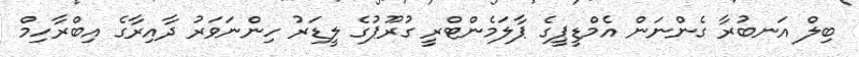
ބިލް އަނބުރާ ގެންނަން އެމްޑީޕީގެ ޕާލަމެންޓްރީ ގުރޫޕުގެ ލީޑަރު ހިންނަވަރު ދާއިރާގެ އިބްރާހިމް